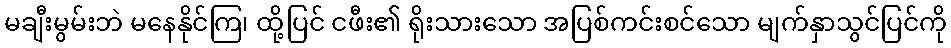
မချီးမွမ်းဘဲ မနေနိုင်ကြ၊ ထို့ပြင် ငဖီး၏ ရိုးသားသော အပြစ်ကင်းစင်သော မျက်နှာသွင်ပြင်ကို